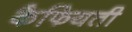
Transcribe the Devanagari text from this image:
कैफियती